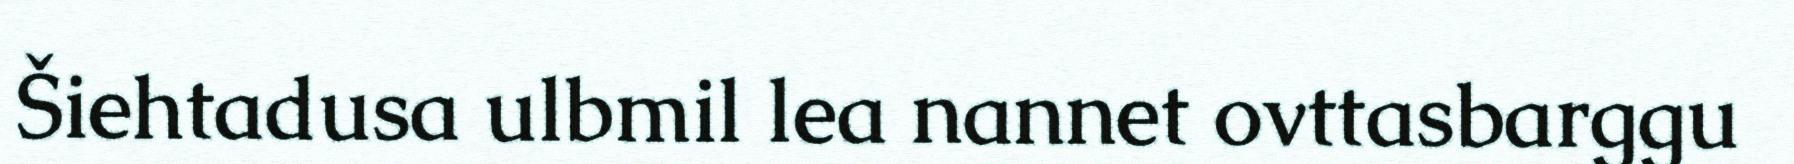
Šiehtadusa ulbmil lea nannet ovttasbarggu